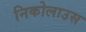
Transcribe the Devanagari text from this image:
निकोलाउस